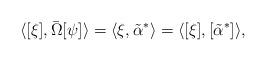
LaTeX: \begin{align*}\langle [\xi] , \bar{\Omega}[\psi] \rangle= \langle \xi , \tilde{\alpha}^* \rangle= \langle [\xi], [\tilde{\alpha}^*] \rangle ,\end{align*}